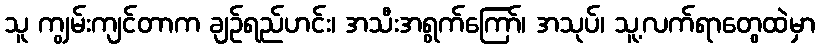
သူ ကျွမ်းကျင်တာက ချဉ်ရည်ဟင်း၊ အသီးအရွက်ကြော်၊ အသုပ်၊ သူ့လက်ရာတွေထဲမှာ